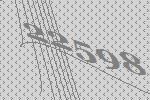
22598